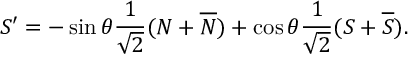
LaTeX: S ^ { \prime } = - \sin \theta \frac { 1 } { \sqrt 2 } ( N + \overline { { N } } ) + \cos \theta \frac { 1 } { \sqrt 2 } ( S + \overline { { S } } ) .